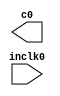
// megafunction wizard: %ALTPLL%VBB%
// GENERATION: STANDARD
// VERSION: WM1.0
// MODULE: altpll 

// ============================================================
// Megafunction Name(s):
// 			altpll
//
// Simulation Library Files(s):
// 			altera_mf
// ============================================================
// ************************************************************
// THIS IS A WIZARD-GENERATED FILE. DO NOT EDIT THIS FILE!
//
// 12.0 Build 232 07/05/2012 SP 1 SJ Full Version
// ************************************************************

//Copyright (C) 1991-2012 Altera Corporation
//Your use of Altera Corporation's design tools, logic functions 
//and other software and tools, and its AMPP partner logic 
//functions, and any output files from any of the foregoing 
//(including device programming or simulation files), and any 
//associated documentation or information are expressly subject 
//to the terms and conditions of the Altera Program License 
//Subscription Agreement, Altera MegaCore Function License 
//Agreement, or other applicable license agreement, including, 
//without limitation, that your use is for the sole purpose of 
//programming logic devices manufactured by Altera and sold by 
//Altera or its authorized distributors.  Please refer to the 
//applicable agreement for further details.

module pll (
	inclk0,
	c0);

	input	  inclk0;
	output	  c0;

endmodule

// ============================================================
// CNX file retrieval info
// ============================================================
// Retrieval info: PRIVATE: ACTIVECLK_CHECK STRING "0"
// Retrieval info: PRIVATE: BANDWIDTH STRING "1.000"
// Retrieval info: PRIVATE: BANDWIDTH_FEATURE_ENABLED STRING "1"
// Retrieval info: PRIVATE: BANDWIDTH_FREQ_UNIT STRING "MHz"
// Retrieval info: PRIVATE: BANDWIDTH_PRESET STRING "Low"
// Retrieval info: PRIVATE: BANDWIDTH_USE_AUTO STRING "1"
// Retrieval info: PRIVATE: BANDWIDTH_USE_PRESET STRING "0"
// Retrieval info: PRIVATE: CLKBAD_SWITCHOVER_CHECK STRING "0"
// Retrieval info: PRIVATE: CLKLOSS_CHECK STRING "0"
// Retrieval info: PRIVATE: CLKSWITCH_CHECK STRING "0"
// Retrieval info: PRIVATE: CNX_NO_COMPENSATE_RADIO STRING "0"
// Retrieval info: PRIVATE: CREATE_CLKBAD_CHECK STRING "0"
// Retrieval info: PRIVATE: CREATE_INCLK1_CHECK STRING "0"
// Retrieval info: PRIVATE: CUR_DEDICATED_CLK STRING "c0"
// Retrieval info: PRIVATE: CUR_FBIN_CLK STRING "c0"
// Retrieval info: PRIVATE: DEVICE_SPEED_GRADE STRING "6"
// Retrieval info: PRIVATE: DIV_FACTOR0 NUMERIC "1"
// Retrieval info: PRIVATE: DUTY_CYCLE0 STRING "50.00000000"
// Retrieval info: PRIVATE: EFF_OUTPUT_FREQ_VALUE0 STRING "50.000000"
// Retrieval info: PRIVATE: EXPLICIT_SWITCHOVER_COUNTER STRING "0"
// Retrieval info: PRIVATE: EXT_FEEDBACK_RADIO STRING "0"
// Retrieval info: PRIVATE: GLOCKED_COUNTER_EDIT_CHANGED STRING "1"
// Retrieval info: PRIVATE: GLOCKED_FEATURE_ENABLED STRING "0"
// Retrieval info: PRIVATE: GLOCKED_MODE_CHECK STRING "0"
// Retrieval info: PRIVATE: GLOCK_COUNTER_EDIT NUMERIC "1048575"
// Retrieval info: PRIVATE: HAS_MANUAL_SWITCHOVER STRING "1"
// Retrieval info: PRIVATE: INCLK0_FREQ_EDIT STRING "50.000"
// Retrieval info: PRIVATE: INCLK0_FREQ_UNIT_COMBO STRING "MHz"
// Retrieval info: PRIVATE: INCLK1_FREQ_EDIT STRING "100.000"
// Retrieval info: PRIVATE: INCLK1_FREQ_EDIT_CHANGED STRING "1"
// Retrieval info: PRIVATE: INCLK1_FREQ_UNIT_CHANGED STRING "1"
// Retrieval info: PRIVATE: INCLK1_FREQ_UNIT_COMBO STRING "MHz"
// Retrieval info: PRIVATE: INTENDED_DEVICE_FAMILY STRING "Cyclone IV GX"
// Retrieval info: PRIVATE: INT_FEEDBACK__MODE_RADIO STRING "1"
// Retrieval info: PRIVATE: LOCKED_OUTPUT_CHECK STRING "0"
// Retrieval info: PRIVATE: LONG_SCAN_RADIO STRING "1"
// Retrieval info: PRIVATE: LVDS_MODE_DATA_RATE STRING "Not Available"
// Retrieval info: PRIVATE: LVDS_MODE_DATA_RATE_DIRTY NUMERIC "0"
// Retrieval info: PRIVATE: LVDS_PHASE_SHIFT_UNIT0 STRING "deg"
// Retrieval info: PRIVATE: MIG_DEVICE_SPEED_GRADE STRING "Any"
// Retrieval info: PRIVATE: MIRROR_CLK0 STRING "0"
// Retrieval info: PRIVATE: MULT_FACTOR0 NUMERIC "1"
// Retrieval info: PRIVATE: NORMAL_MODE_RADIO STRING "1"
// Retrieval info: PRIVATE: OUTPUT_FREQ0 STRING "100.00000000"
// Retrieval info: PRIVATE: OUTPUT_FREQ_MODE0 STRING "0"
// Retrieval info: PRIVATE: OUTPUT_FREQ_UNIT0 STRING "MHz"
// Retrieval info: PRIVATE: PHASE_RECONFIG_FEATURE_ENABLED STRING "1"
// Retrieval info: PRIVATE: PHASE_RECONFIG_INPUTS_CHECK STRING "0"
// Retrieval info: PRIVATE: PHASE_SHIFT0 STRING "0.00000000"
// Retrieval info: PRIVATE: PHASE_SHIFT_STEP_ENABLED_CHECK STRING "0"
// Retrieval info: PRIVATE: PHASE_SHIFT_UNIT0 STRING "deg"
// Retrieval info: PRIVATE: PLL_ADVANCED_PARAM_CHECK STRING "0"
// Retrieval info: PRIVATE: PLL_ARESET_CHECK STRING "0"
// Retrieval info: PRIVATE: PLL_AUTOPLL_CHECK NUMERIC "1"
// Retrieval info: PRIVATE: PLL_ENHPLL_CHECK NUMERIC "0"
// Retrieval info: PRIVATE: PLL_FASTPLL_CHECK NUMERIC "0"
// Retrieval info: PRIVATE: PLL_FBMIMIC_CHECK STRING "0"
// Retrieval info: PRIVATE: PLL_LVDS_PLL_CHECK NUMERIC "0"
// Retrieval info: PRIVATE: PLL_PFDENA_CHECK STRING "0"
// Retrieval info: PRIVATE: PLL_TARGET_HARCOPY_CHECK NUMERIC "0"
// Retrieval info: PRIVATE: PRIMARY_CLK_COMBO STRING "inclk0"
// Retrieval info: PRIVATE: RECONFIG_FILE STRING "pll.mif"
// Retrieval info: PRIVATE: SACN_INPUTS_CHECK STRING "0"
// Retrieval info: PRIVATE: SCAN_FEATURE_ENABLED STRING "1"
// Retrieval info: PRIVATE: SELF_RESET_LOCK_LOSS STRING "0"
// Retrieval info: PRIVATE: SHORT_SCAN_RADIO STRING "0"
// Retrieval info: PRIVATE: SPREAD_FEATURE_ENABLED STRING "0"
// Retrieval info: PRIVATE: SPREAD_FREQ STRING "50.000"
// Retrieval info: PRIVATE: SPREAD_FREQ_UNIT STRING "KHz"
// Retrieval info: PRIVATE: SPREAD_PERCENT STRING "0.500"
// Retrieval info: PRIVATE: SPREAD_USE STRING "0"
// Retrieval info: PRIVATE: SRC_SYNCH_COMP_RADIO STRING "0"
// Retrieval info: PRIVATE: STICKY_CLK0 STRING "1"
// Retrieval info: PRIVATE: SWITCHOVER_COUNT_EDIT NUMERIC "1"
// Retrieval info: PRIVATE: SWITCHOVER_FEATURE_ENABLED STRING "1"
// Retrieval info: PRIVATE: SYNTH_WRAPPER_GEN_POSTFIX STRING "0"
// Retrieval info: PRIVATE: USE_CLK0 STRING "1"
// Retrieval info: PRIVATE: USE_CLKENA0 STRING "0"
// Retrieval info: PRIVATE: USE_MIL_SPEED_GRADE NUMERIC "0"
// Retrieval info: PRIVATE: ZERO_DELAY_RADIO STRING "0"
// Retrieval info: LIBRARY: altera_mf altera_mf.altera_mf_components.all
// Retrieval info: CONSTANT: BANDWIDTH_TYPE STRING "AUTO"
// Retrieval info: CONSTANT: CLK0_DIVIDE_BY NUMERIC "1"
// Retrieval info: CONSTANT: CLK0_DUTY_CYCLE NUMERIC "50"
// Retrieval info: CONSTANT: CLK0_MULTIPLY_BY NUMERIC "1"
// Retrieval info: CONSTANT: CLK0_PHASE_SHIFT STRING "0"
// Retrieval info: CONSTANT: COMPENSATE_CLOCK STRING "CLK0"
// Retrieval info: CONSTANT: INCLK0_INPUT_FREQUENCY NUMERIC "20000"
// Retrieval info: CONSTANT: INTENDED_DEVICE_FAMILY STRING "Cyclone IV GX"
// Retrieval info: CONSTANT: LPM_TYPE STRING "altpll"
// Retrieval info: CONSTANT: OPERATION_MODE STRING "NORMAL"
// Retrieval info: CONSTANT: PLL_TYPE STRING "AUTO"
// Retrieval info: CONSTANT: PORT_ACTIVECLOCK STRING "PORT_UNUSED"
// Retrieval info: CONSTANT: PORT_ARESET STRING "PORT_UNUSED"
// Retrieval info: CONSTANT: PORT_CLKBAD0 STRING "PORT_UNUSED"
// Retrieval info: CONSTANT: PORT_CLKBAD1 STRING "PORT_UNUSED"
// Retrieval info: CONSTANT: PORT_CLKLOSS STRING "PORT_UNUSED"
// Retrieval info: CONSTANT: PORT_CLKSWITCH STRING "PORT_UNUSED"
// Retrieval info: CONSTANT: PORT_CONFIGUPDATE STRING "PORT_UNUSED"
// Retrieval info: CONSTANT: PORT_FBIN STRING "PORT_UNUSED"
// Retrieval info: CONSTANT: PORT_INCLK0 STRING "PORT_USED"
// Retrieval info: CONSTANT: PORT_INCLK1 STRING "PORT_UNUSED"
// Retrieval info: CONSTANT: PORT_LOCKED STRING "PORT_UNUSED"
// Retrieval info: CONSTANT: PORT_PFDENA STRING "PORT_UNUSED"
// Retrieval info: CONSTANT: PORT_PHASECOUNTERSELECT STRING "PORT_UNUSED"
// Retrieval info: CONSTANT: PORT_PHASEDONE STRING "PORT_UNUSED"
// Retrieval info: CONSTANT: PORT_PHASESTEP STRING "PORT_UNUSED"
// Retrieval info: CONSTANT: PORT_PHASEUPDOWN STRING "PORT_UNUSED"
// Retrieval info: CONSTANT: PORT_PLLENA STRING "PORT_UNUSED"
// Retrieval info: CONSTANT: PORT_SCANACLR STRING "PORT_UNUSED"
// Retrieval info: CONSTANT: PORT_SCANCLK STRING "PORT_UNUSED"
// Retrieval info: CONSTANT: PORT_SCANCLKENA STRING "PORT_UNUSED"
// Retrieval info: CONSTANT: PORT_SCANDATA STRING "PORT_UNUSED"
// Retrieval info: CONSTANT: PORT_SCANDATAOUT STRING "PORT_UNUSED"
// Retrieval info: CONSTANT: PORT_SCANDONE STRING "PORT_UNUSED"
// Retrieval info: CONSTANT: PORT_SCANREAD STRING "PORT_UNUSED"
// Retrieval info: CONSTANT: PORT_SCANWRITE STRING "PORT_UNUSED"
// Retrieval info: CONSTANT: PORT_clk0 STRING "PORT_USED"
// Retrieval info: CONSTANT: PORT_clk1 STRING "PORT_UNUSED"
// Retrieval info: CONSTANT: PORT_clk2 STRING "PORT_UNUSED"
// Retrieval info: CONSTANT: PORT_clk3 STRING "PORT_UNUSED"
// Retrieval info: CONSTANT: PORT_clk4 STRING "PORT_UNUSED"
// Retrieval info: CONSTANT: PORT_clk5 STRING "PORT_UNUSED"
// Retrieval info: CONSTANT: PORT_clkena0 STRING "PORT_UNUSED"
// Retrieval info: CONSTANT: PORT_clkena1 STRING "PORT_UNUSED"
// Retrieval info: CONSTANT: PORT_clkena2 STRING "PORT_UNUSED"
// Retrieval info: CONSTANT: PORT_clkena3 STRING "PORT_UNUSED"
// Retrieval info: CONSTANT: PORT_clkena4 STRING "PORT_UNUSED"
// Retrieval info: CONSTANT: PORT_clkena5 STRING "PORT_UNUSED"
// Retrieval info: CONSTANT: PORT_extclk0 STRING "PORT_UNUSED"
// Retrieval info: CONSTANT: PORT_extclk1 STRING "PORT_UNUSED"
// Retrieval info: CONSTANT: PORT_extclk2 STRING "PORT_UNUSED"
// Retrieval info: CONSTANT: PORT_extclk3 STRING "PORT_UNUSED"
// Retrieval info: CONSTANT: WIDTH_CLOCK NUMERIC "5"
// Retrieval info: USED_PORT: @clk 0 0 5 0 OUTPUT_CLK_EXT VCC "@clk[4..0]"
// Retrieval info: USED_PORT: c0 0 0 0 0 OUTPUT_CLK_EXT VCC "c0"
// Retrieval info: USED_PORT: inclk0 0 0 0 0 INPUT_CLK_EXT GND "inclk0"
// Retrieval info: CONNECT: @inclk 0 0 1 1 GND 0 0 0 0
// Retrieval info: CONNECT: @inclk 0 0 1 0 inclk0 0 0 0 0
// Retrieval info: CONNECT: c0 0 0 0 0 @clk 0 0 1 0
// Retrieval info: GEN_FILE: TYPE_NORMAL pll.v TRUE
// Retrieval info: GEN_FILE: TYPE_NORMAL pll.ppf TRUE
// Retrieval info: GEN_FILE: TYPE_NORMAL pll.inc FALSE
// Retrieval info: GEN_FILE: TYPE_NORMAL pll.cmp FALSE
// Retrieval info: GEN_FILE: TYPE_NORMAL pll.bsf TRUE FALSE
// Retrieval info: GEN_FILE: TYPE_NORMAL pll_inst.v FALSE
// Retrieval info: GEN_FILE: TYPE_NORMAL pll_bb.v TRUE
// Retrieval info: LIB_FILE: altera_mf
// Retrieval info: CBX_MODULE_PREFIX: ON